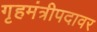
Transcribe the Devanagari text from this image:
गृहमंत्रीपदावर